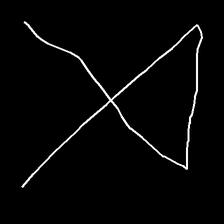
Glyph: collection